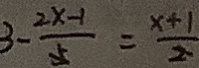
3 - \frac { 2 x - 1 } { 5 } = \frac { x + 1 } { 2 }